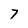
Character: 7